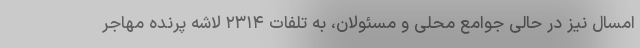
امسال نیز در حالی جوامع محلی و مسئولان، به تلفات ۲۳۱۴ لاشه پرنده مهاجر